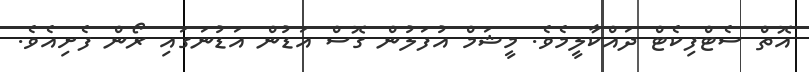
އޮތް ސެޓްފިކެޓް ދައްކާލީމެވެ. މީޝަމް އުފަލުން ގޮސް އަޑުން އަޑުނަގައި ރޯން ފެށިއެވެ.